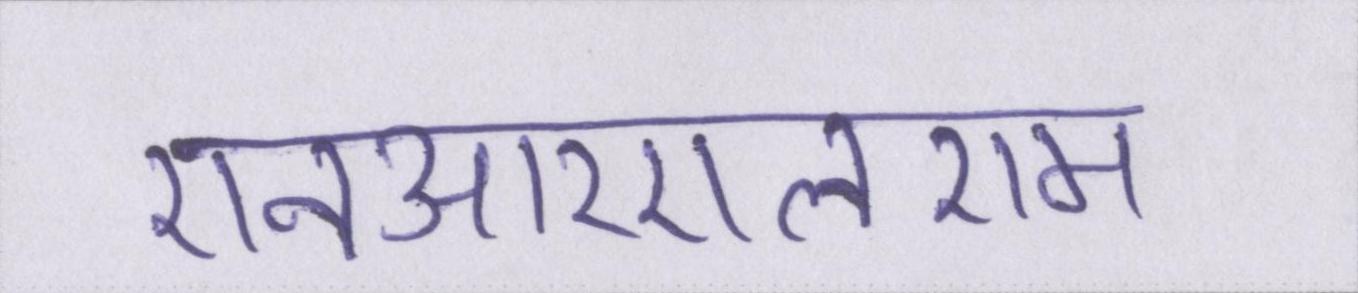
एनआरएलएम